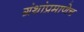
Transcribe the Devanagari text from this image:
ग्रंथांप्रमाणेच